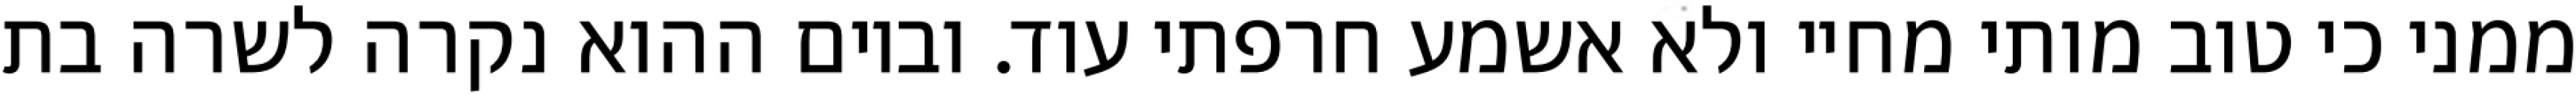
ממני כי טוב מותי מחיי ולא אשמע חרפתי עוד. וביום ההוא נקרה לשרה בת